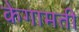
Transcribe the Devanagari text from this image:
केगामती